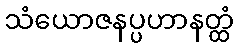
သံယောဇနပ္ပဟာနတ္ထံ